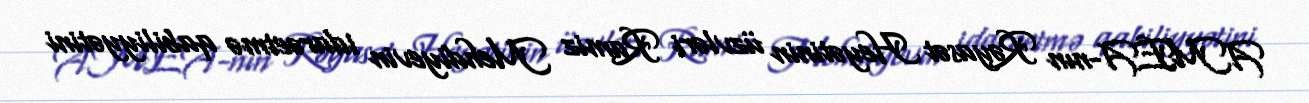
AMEA-nın Rəyasət Heyətinin üzvləri Ramiz Mehdiyevin idarəetmə qabiliyyətini